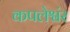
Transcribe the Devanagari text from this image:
कपलेश्वंर